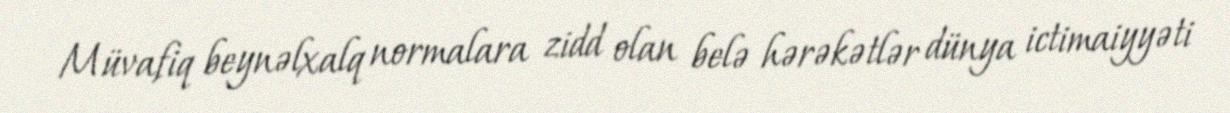
Müvafiq beynəlxalq normalara zidd olan belə hərəkətlər dünya ictimaiyyəti